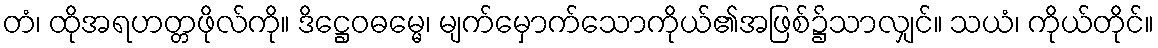
တံ၊ ထိုအရဟတ္တဖိုလ်ကို။ ဒိဋ္ဌေဝဓမ္မေ၊ မျက်မှောက်သောကိုယ်၏အဖြစ်၌သာလျှင်။ သယံ၊ ကိုယ်တိုင်။